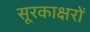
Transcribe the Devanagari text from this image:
सूरकाक्षरों